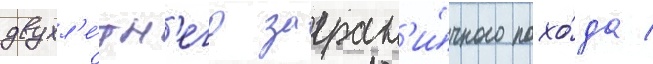
двухл'е́тн'его загран'и́чного похо́да /